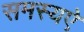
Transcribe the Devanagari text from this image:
समस्यऐ